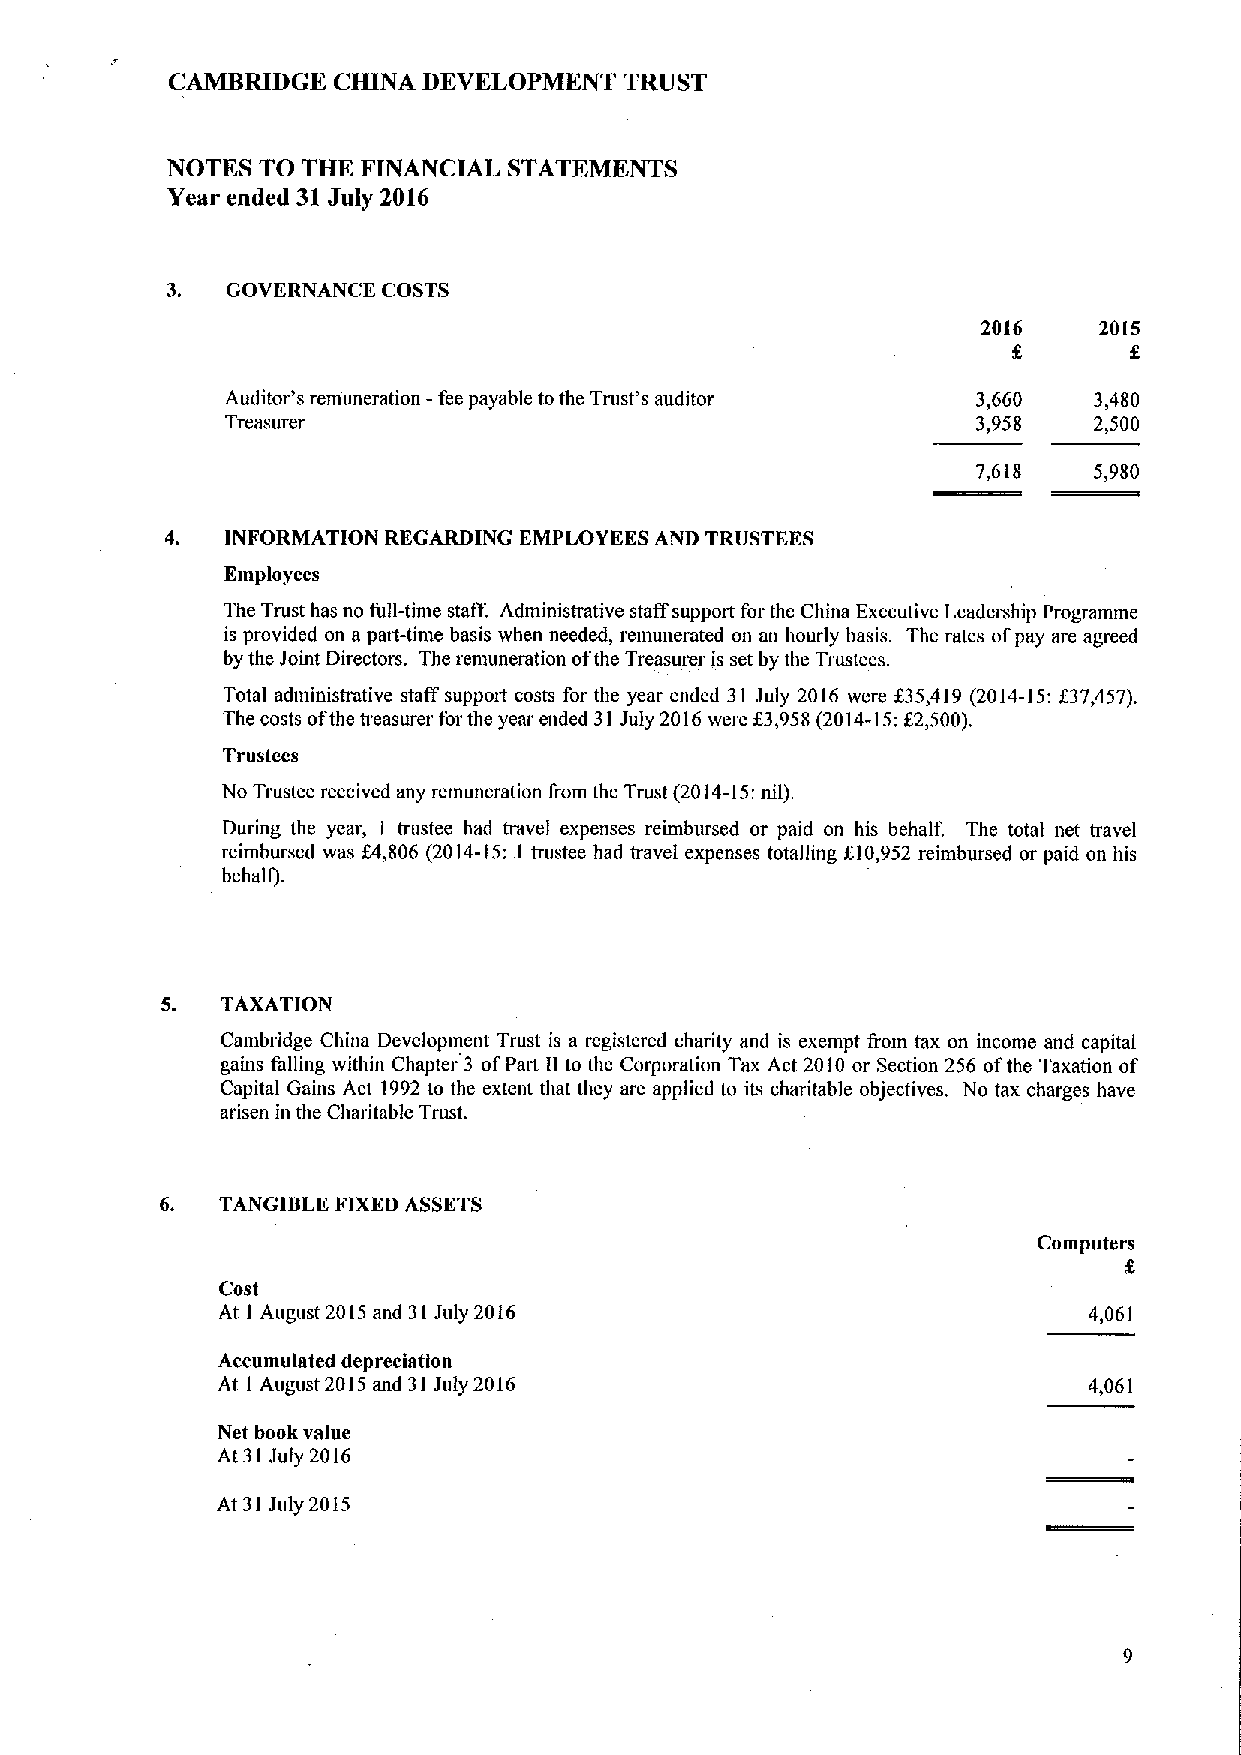
CAMBRIDGE  CHINA DEVELOPMENT  TRUST
 NOTES TO THE FINANCIAL STATEMENTS
 Year ended 31July 2016
 3.  GOVERNANCE COSTS
 2016    2015
 f
 Auditor's remuneration —fee payable tothe Trust's auditor 3,660 3,480
 Treasurer                                         3,958  2,500
 7,618  5,980
 INFORMATION REGARDING EMPLOYEES AND TRIJSTEES
 Employees
 The Trust has no full-time staff. Administrative staff support for the China Executive Leademhip Programme
 is provided on a part-time basis when needed, remunerated on an hourly basis. The rates of pay are agreed
 by the Joint Directors. The remuneration ofthe Treasurer is set by the Trustees.
 Total administrative staff support costs for the year ended 31 July 2016 were f35,419 (2014-15:037,457).
 The costs ofthe treasurer for the year ended 31 July 2016were 03,958(2014-15;f2,500).
 Trustees
 No Trustee received any remuneration from the Trust (2014-15:nil).
 During the year, 1 trustee had travel expenses reimbursed or paid on his behalf. The total net travel
 reimbursed was f4,806 (2014-15: 1 trustee had travel expenses totalling 610,952 reimbursed or paid on his
 behalfl.
 5.  TAXATION
 Cambridge China Development Trust is a registered charity and is exempt from tax on income and capital
 gains falling within Chapter 3 ofPart ll to the Corporation Tax Act 2010 or Section 256 ofthe Taxation of
 Capital Gains Act 1992to the extent that they are applied to its charitable objectives. No tax charges have
 arisen in the Charitable Trust.
 6. TANGIBLE FIXEDASSETS
 Corn puters
 Cost
 At I August 2015and 31July 2016                           4,061
 Accumulated depreciation
 At I August 2015and 31 July 2016                          4,061
 Net book value
 At 31 July 2016
 At 31 July 2015